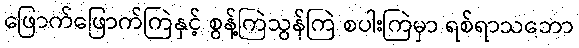
ဖြောက်ဖြောက်ကြဲနှင့် စွန့်ကြဲသွန်ကြဲ စပါးကြဲမှာ ရစ်ရာသဘော